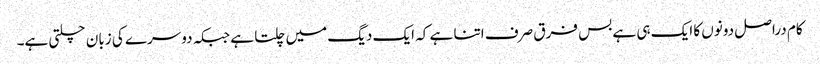
کام دراصل دونوں کا ایک ہی ہے بس فرق صرف اتنا ہے کہ ایک دیگ میں چلتا ہے جبکہ دوسرے کی زبان چلتی ہے۔